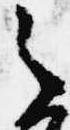
之